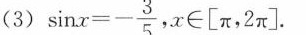
(3) $$\sinx=- \frac{3}{5}$$ 。x\in \left [ pi\right2pi ]